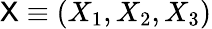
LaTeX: {\sf X}\equiv\left(X_{1},X_{2},X_{3}\right)